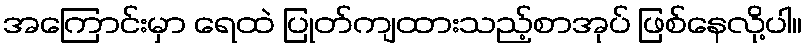
အကြောင်းမှာ ရေထဲ ပြုတ်ကျထားသည့်စာအုပ် ဖြစ်နေလို့ပါ။